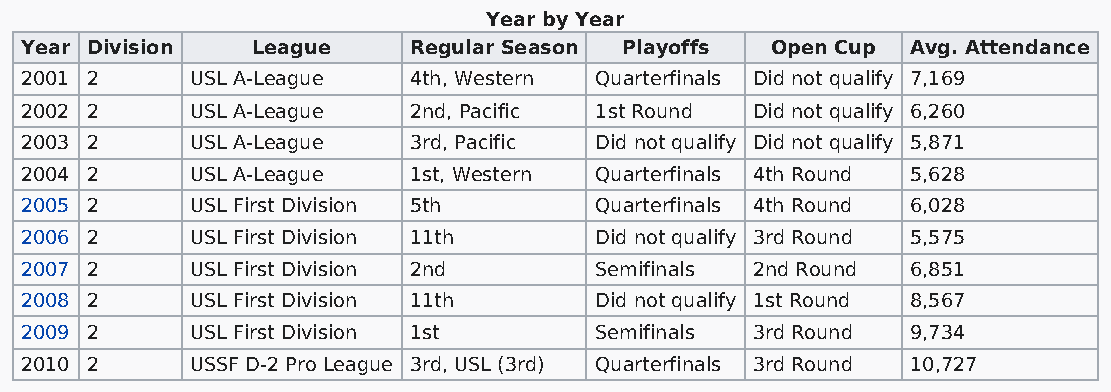
Year by Year
 Year Division   League    Regular Season Playoffs Open Cup Avg. Attendance
 2001 2      USL A-League  4th, Western Quarterfinals Did not qualify 7,169
 2002 2      USL A-League  2nd, Pacific 1st Round Did not qualify 6,260
 2003 2      USL A-League  3rd, Pacific Did not qualify Did not qualify 5,871
 2004 2      USL A-League  1st, Western Quarterfinals 4th Round 5,628
 2005 2      USL First Division 5th    Quarterfinals 4th Round 6,028
 2006 2      USL First Division 11th   Did not qualify 3rd Round 5,575
 2007 2      USL First Division 2nd    Semifinals 2nd Round 6,851
 2008 2      USL First Division 11th   Did not qualify 1st Round 8,567
 2009 2      USL First Division 1st    Semifinals 3rd Round 9,734
 2010 2      USSF D-2 Pro League 3rd, USL (3rd) Quarterfinals 3rd Round 10,727